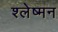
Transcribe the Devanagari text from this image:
श्‍लेष्‍मन